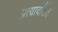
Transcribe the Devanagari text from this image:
प्रत्यावर्तित